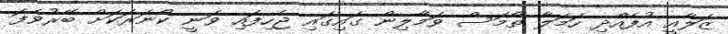
ޒަލާއީ އުފެއްދި ހަމަލާ ތޯމަސް ވަމާލިން ގައިގައި ޖެހިފައި ވަނީ ކޯނަރަކަށް ބޭރުވެފަ